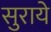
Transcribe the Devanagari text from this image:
सुराये